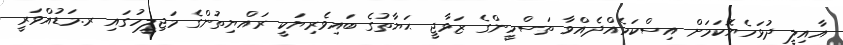
އާއިލީ ދުޅަހެޔޮކަމަށް އިސްކަމެއްދެއްވާ ތަސްމީންގެ ޒަވާޖީ ޙަޔާތުގެ ބައިވެރިޔަކީ ރައްޔިތުންގެ މަޖިލީހުގައި ރ.މަޑުއްވަރީ